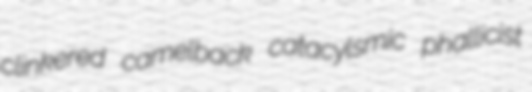
clinkered camelback catacylsmic phallicist